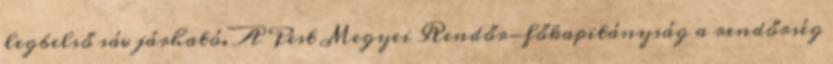
legbelső sáv járható. A Pest Megyei Rendőr-főkapitányság a rendőrség